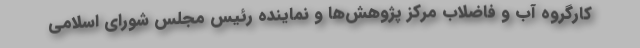
کارگروه آب و فاضلاب مرکز پژوهش‌ها و نماینده رئیس مجلس شورای اسلامی